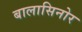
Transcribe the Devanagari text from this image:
बालासिनोर